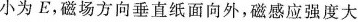
小为E，磁场方向垂直纸面向外，磁感应强度大